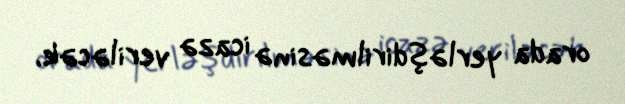
orada yerləşdirilməsinə icazə veriləcək.